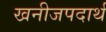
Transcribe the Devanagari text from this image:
खनीजपदार्थ